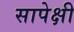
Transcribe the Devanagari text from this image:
सापेक्षी